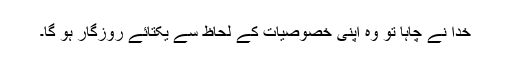
خدا نے چاہا تو وہ اپنی خصوصیات کے لحاظ سے یکتائے روزگار ہو گا۔